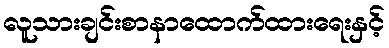
လူသားချင်းစာနာထောက်ထားရေးနှင့်